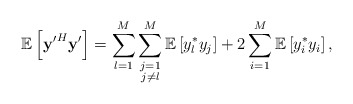
\begin{align*} \mathbb{E}\left[ \mathbf{y'}^H\mathbf{y}'\right]=\sum_{l=1}^M\sum\limits_{\substack{j=1\\j\neq l}}^M\mathbb{E}\left[y_l^* y_j\right]+2\sum_{i=1}^{M}\mathbb{E}\left[y_i^* y_i\right],\end{align*}